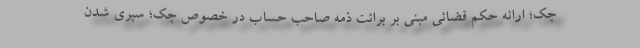
چک؛ ارائه حکم قضائی مبنی بر برائت ذمه صاحب حساب در خصوص چک؛ سپری شدن